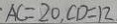
A C = 2 0 , C D = 1 2